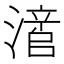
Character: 𬉃